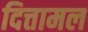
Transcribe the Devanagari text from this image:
दित्तामल